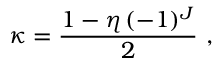
\kappa = \frac { 1 - \eta \, ( - 1 ) ^ { J } } { 2 } \ ,